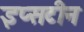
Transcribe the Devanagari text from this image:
इप्सटीन